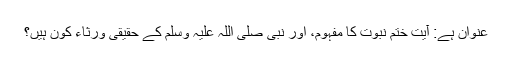
عنوان ہے: آیت ختم نبوت کا مفہوم، اور نبی صلی اللہ علیہ وسلم کے حقیقی ورثاء کون ہیں؟